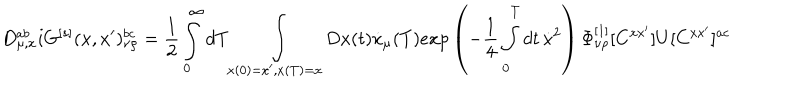
D _ { \mu , x } ^ { a b } i G ^ { [ s ] } ( x , x ^ { \prime } ) _ { \nu \rho } ^ { b c } = { \frac { 1 } { 2 } } \int _ { 0 } ^ { \infty } d T \int _ { x ( 0 ) = x ^ { \prime } , x ( T ) = x } D x ( t ) \dot { x } _ { \mu } ( T ) e x p \left( - { \frac { 1 } { 4 } } \int _ { 0 } ^ { T } d t \, \dot { x } ^ { 2 } \right) \Phi _ { \nu \rho } ^ { [ 1 ] } [ C ^ { x x ^ { \prime } } ] U [ C ^ { x x ^ { \prime } } ] ^ { a c }